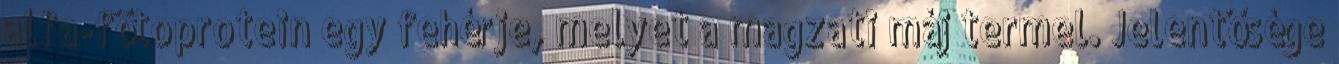
alfa-fötoprotein egy fehérje, melyet a magzati máj termel. Jelentősége